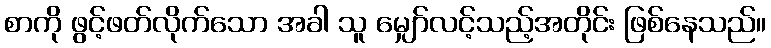
စာကို ဖွင့်ဖတ်လိုက်သော အခါ သူ မျှော်လင့်သည့်အတိုင်း ဖြစ်နေသည်။